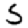
Digit: 5